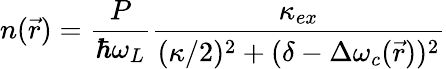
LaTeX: n(\vec{r})=\frac{P}{\hbar\omega_{L}}\frac{\kappa_{ex}}{(\kappa/2)^{2}+(\delta-\Delta\omega_{c}(\vec{r}))^{2}}